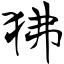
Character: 狒